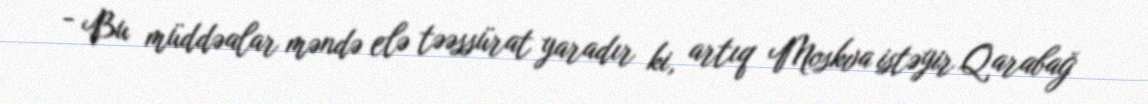
- Bu müddəalar məndə elə təəssürat yaradır ki, artıq Moskva istəyir Qarabağ